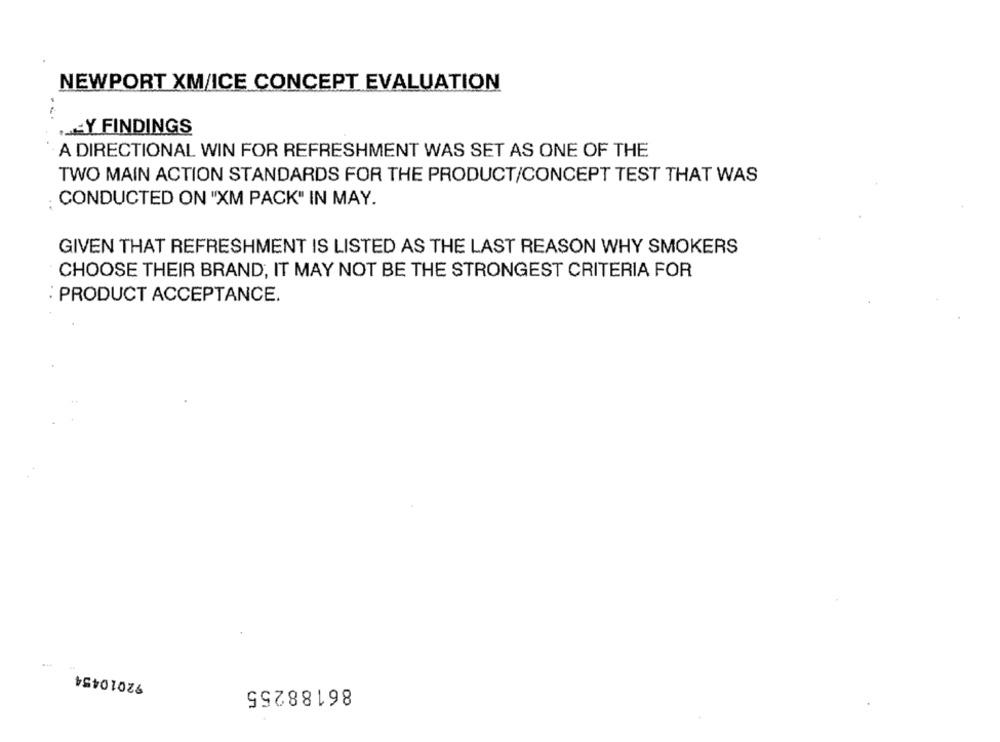
NEWPORT XM/ICE CONCEPT EVALUATION
HEY FINDINGS
A DIRECTIONAL WIN FOR REFRESHMENT WAS SET AS ONE OF THE
TWO MAIN ACTION STANDARDS FOR THE PRODUCT/CONCEPT TEST THAT WAS
: CONDUCTED ON "XM PACK" IN MAY.
GIVEN THAT REFRESHMENT IS LISTED AS THE LAST REASON WHY SMOKERS
CHOOSE THEIR BRAND, IT MAY NOT BE THE STRONGEST CRITERIA FOR
: PRODUCT ACCEPTANCE.
92010454
86188255